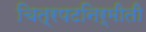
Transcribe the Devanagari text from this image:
चित्रपटनिर्मीती